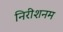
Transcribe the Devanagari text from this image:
निरीशनम